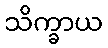
သိက္ခာယ